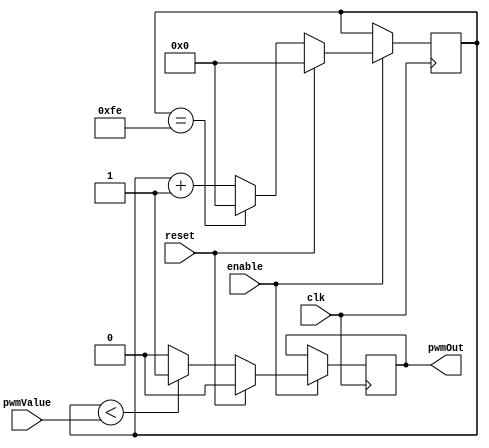
/*
 * Copyright (c) 2024 Aron Dennen 
 * SPDX-License-Identifier: Apache-2.0
 */

// 8-bit pwm, pwmValue 0 = fully off, pwmValue 255 = fully on
// rolls the count over at 254 to prevent the off-by-one error
// which prevents 255 from being fully on

module pwm (
  // Inputs
  input wire enable,
  input wire clk,
  input wire reset,
  input wire [7:0] pwmValue,
 
  // Outputs
  output wire pwmOut
);

  reg [7:0] pwmCount;
  reg out;
  
  assign pwmOut = out;
  
  always @(posedge clk) begin
    if (enable) begin

      if (reset) begin
        pwmCount <= 0;
        out <= 0;
      end
      else if (enable) begin
        out <= (pwmCount < pwmValue) ? 1 : 0;
        pwmCount <= pwmCount + 1;
        if (pwmCount == 254) pwmCount <= 0; // Off-by-one error fix
      end

    end
  end

endmodule